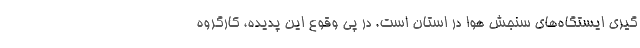
گیری ایستگاه‌های سنجش هوا در استان است. در پی وقوع این پدیده، کارگروه